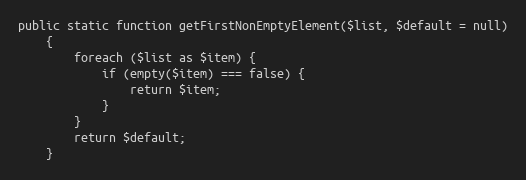
Language: PHP
public static function getFirstNonEmptyElement($list, $default = null)
    {
        foreach ($list as $item) {
            if (empty($item) === false) {
                return $item;
            }
        }
        return $default;
    }